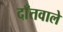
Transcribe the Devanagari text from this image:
दाँतवाले